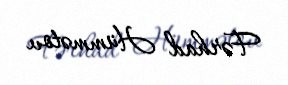
Fərhad Hümmətov